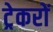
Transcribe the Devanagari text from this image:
ट्रेकरों